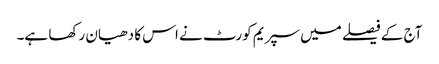
آج کے فیصلے میں سپریم کورٹ نے اس کا دھیان رکھا ہے۔